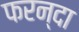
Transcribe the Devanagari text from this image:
फरन्दा